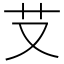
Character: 𦫿